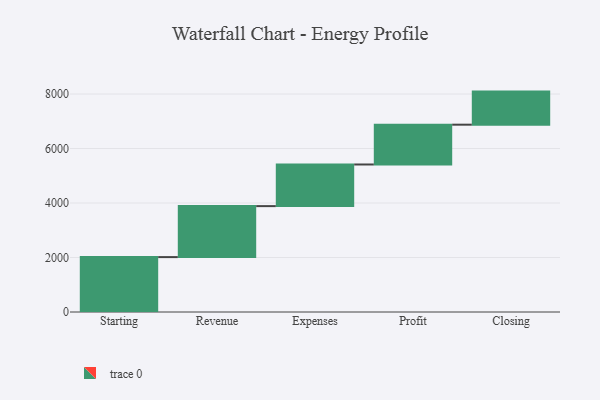
{"axis": {"x": "Step", "y": "Value"}, "legend": [""], "data": [{"x": "Starting", "y": 2015.0, "type": ""}, {"x": "Revenue", "y": 1871.0, "type": ""}, {"x": "Expenses", "y": 1528.0, "type": ""}, {"x": "Profit", "y": 1461.0, "type": ""}, {"x": "Closing", "y": 1214.0, "type": ""}]}